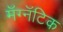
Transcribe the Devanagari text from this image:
मॅग्नॅटिक